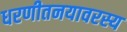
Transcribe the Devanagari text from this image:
धरणीतनयावरस्य